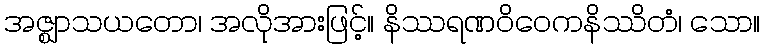
အဇ္ဈာသယတော၊ အလိုအားဖြင့်။ နိဿရဏဝိဝေကနိဿိတံ၊ သော။